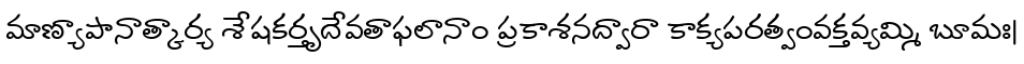
మాణ్యాపానాత్కార్య శేషకర్తృదేవతాఫలానాం ప్రకాశనద్వారా కాక్యపరత్వంవక్తవ్యమ్మి బూమః|